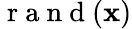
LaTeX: \mathrm{~r~a~n~d~}(\mathbf{x})